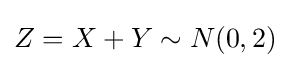
Z=X+Y\sim N(0,2)